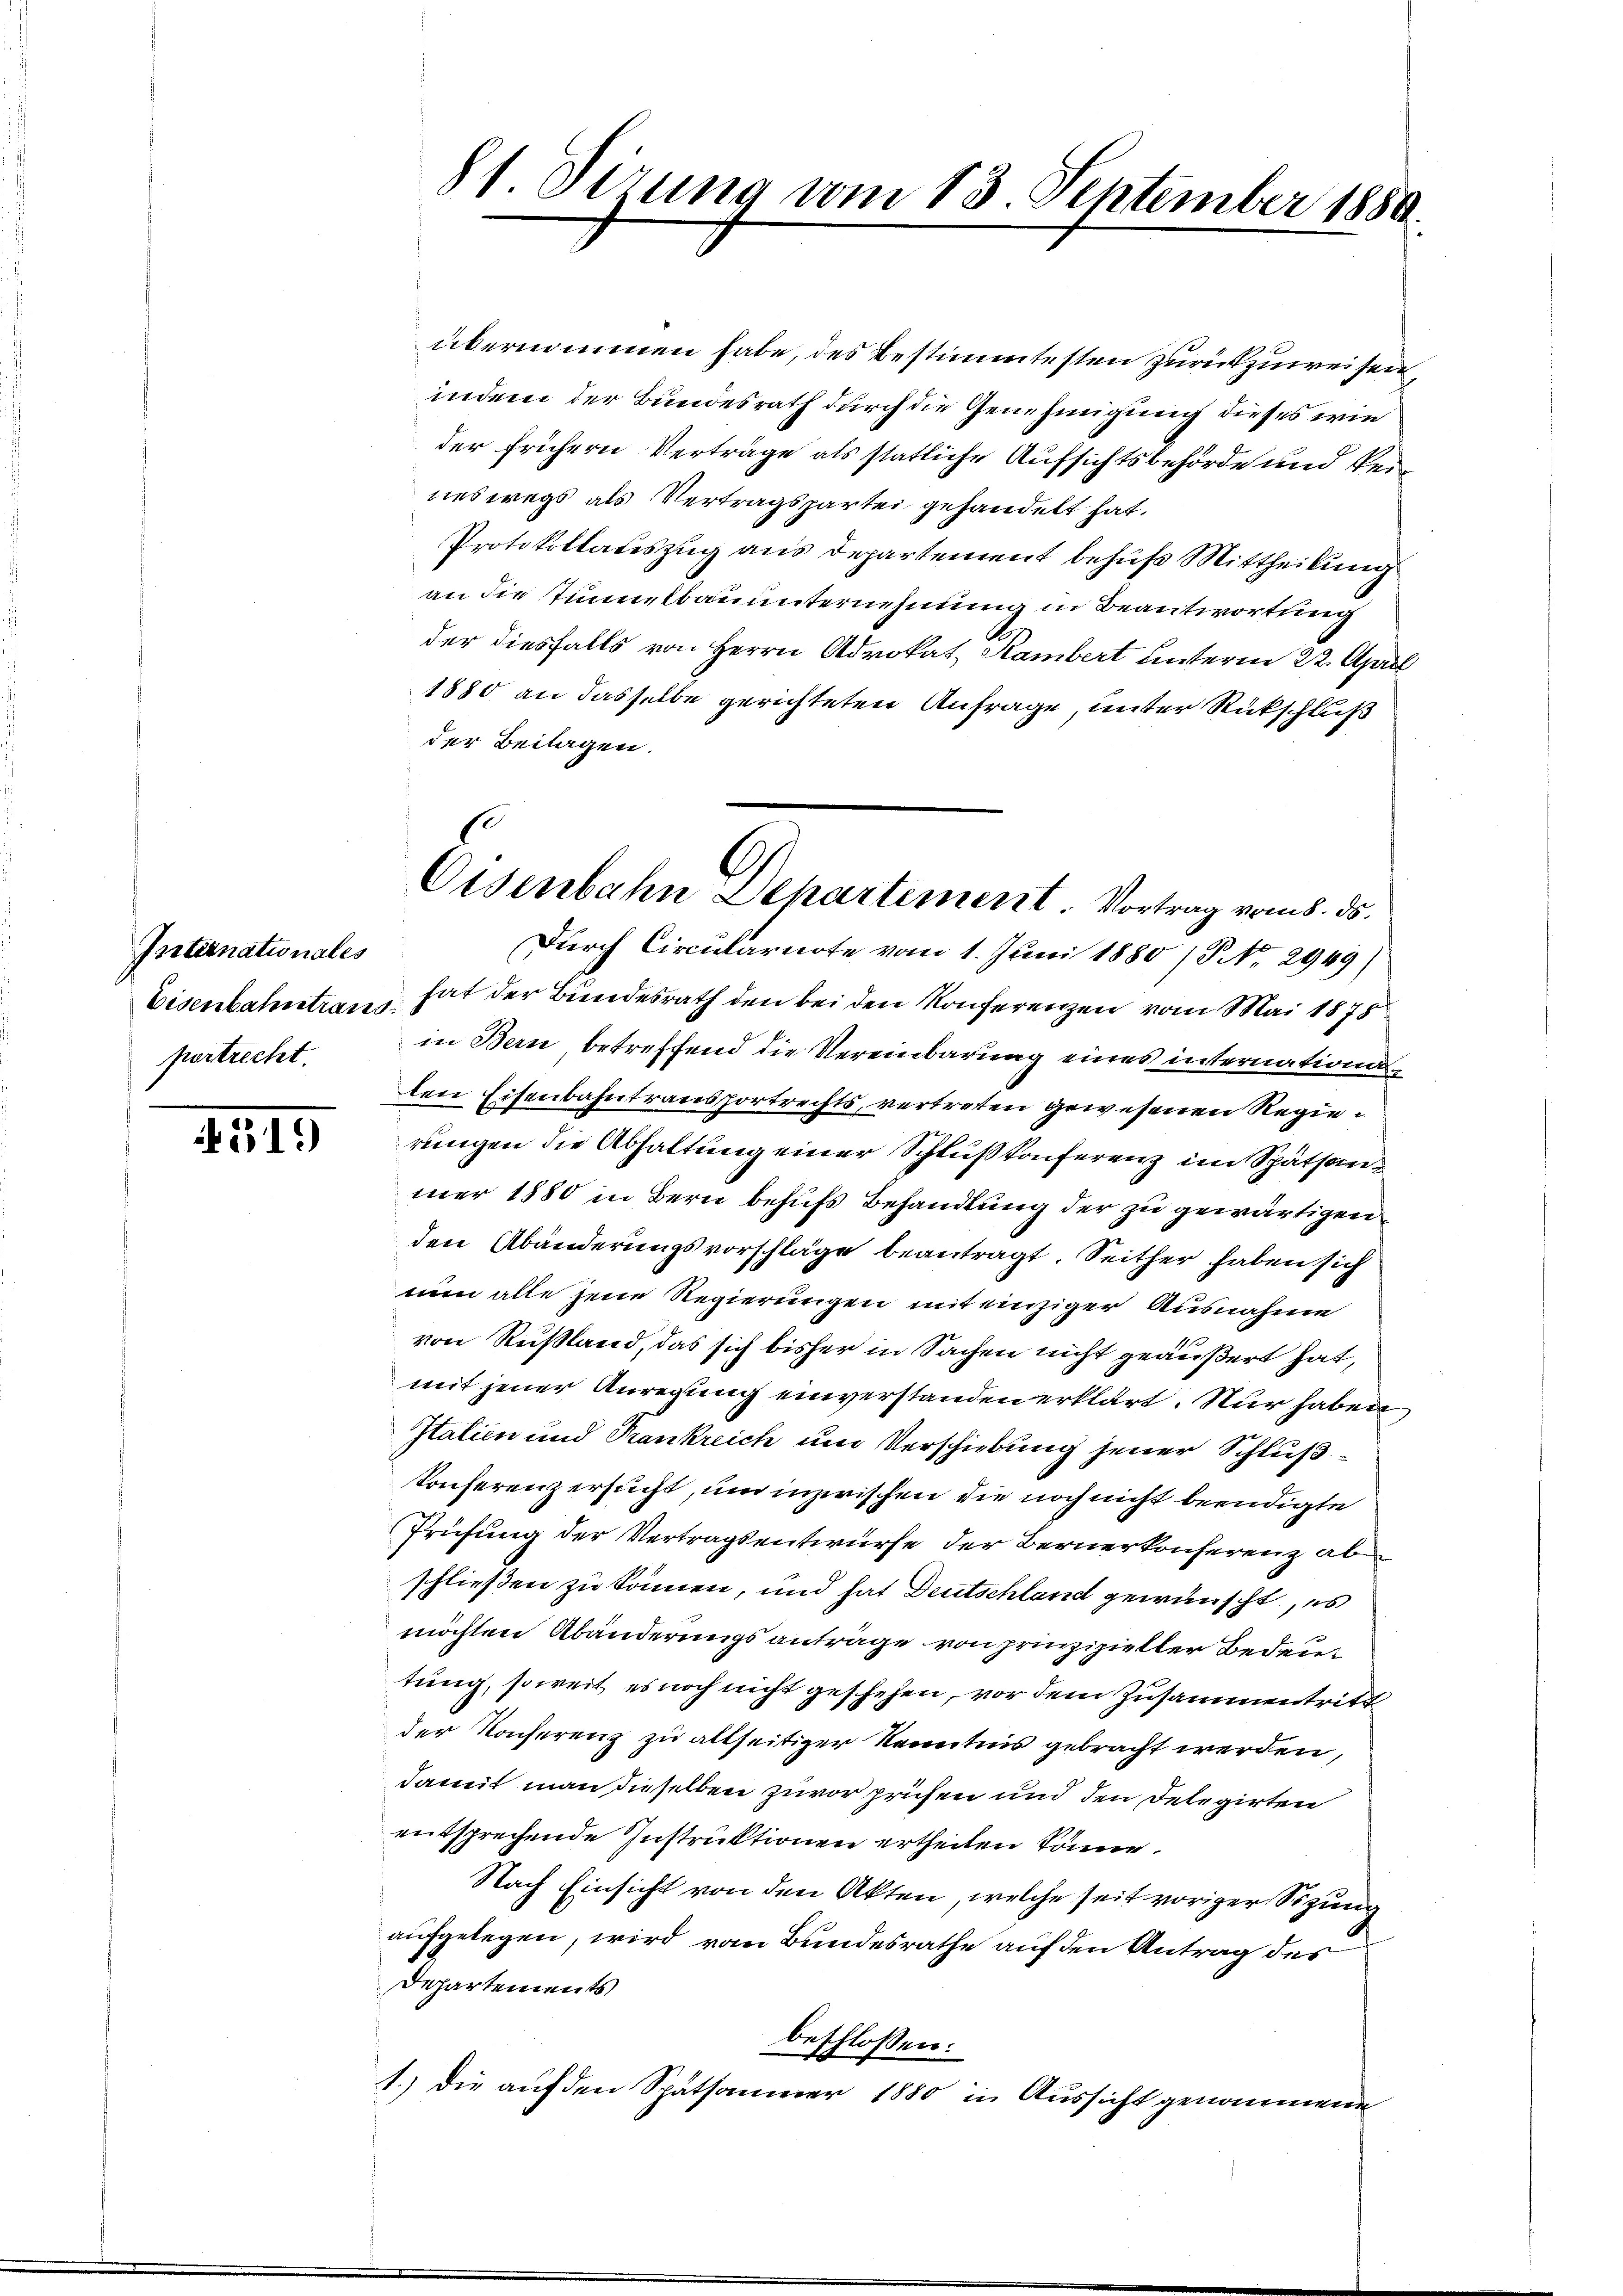
Internationales
Eisenbahntrans
portrecht.

51.)

81 Sirung vom 13. September 1880.

übernommen habe, des Bestimmtesten zurückzuweisen,
indem der Bundesrath durch die Genehmigung dieses wie
der frühern Verträge als statliche Aufsichtsbehörde und Verneswegs als Vertragspartei gehandelt hat.
Protokollateszug aus Departement behuf Mittheilung
an die stummelbauunternehmung in Beantwortung
der diesfalls von Herrn Advokat Hambert unterm 22. April
1880 an dasselbe gerichteten Anfrage unter Rückschluß
der Beilagen.
Durch Circularnote vom 1. Juni 1880 /Po 2949)
hat der Bundesrath den bei den Konferenzen vom Mai 1878
in Bern betreffend die Vereinbarung eines internationsten Eisenbahntransportrechts, vertretten gewesenen Regierungen die Abhaltung einer Schluß konferenz im Spätsanmer 1880 in Bern behufs Behandlung der zu gewärtigen
den Abänderungsvorschläge beantragt. Seither haben sich
nun alle jene Regierungen mit einziger Ausnahme
von Rußland, das sich bisher in Sachen nicht geäußert hat,
mit jener Anregung einverstanden erklärt. Nur haben
Italien und Frankreich um Verschiebung jener Schluß¬
Konferenz ersucht, um inzwischen die noch nicht beendigte
Prüfung der Vertragsentwurfe der Bernerkonferenz ab
schließen zu können, und hat Deutschland gewünscht, es
möchten Abänderungsanträge von prinzipieller Bedeutung, soweit es noch nicht geschehen, vor dem Zusammentritt
der Konferenz zu allseitiger Kenntnis gebracht werden,
damit man dieselben zuvor prüfen und den Delegirten
entsprechende Instruktionen ertheilen könne.
Nach Einsicht von den Akten, welche seit voriger Sitzung
aufgelegen, wird vom Bundesrathe auf den Antrag des
Departements
beschlossen:
1.) Die auf den Spätsammer 1880 in Aussicht genommene

Eisenbahn Departement. Vortrag vom 8. ds.